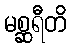
မစ္ဆရီတိ